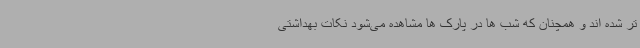
تر شده اند و همچنان که شب ها در پارک ها مشاهده می‌شود نکات بهداشتی